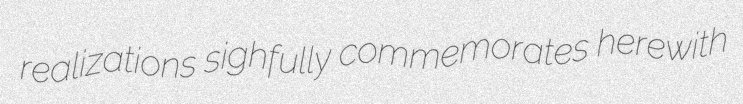
realizations sighfully commemorates herewith